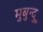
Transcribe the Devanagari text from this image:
मुबुन्दु